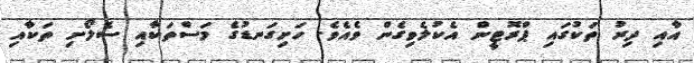
އާއި ދިރު ތަކުގައި ޕްރޮޓީން އެކުލެވިގެން ވެއެވެ. ހަށިގަނޑުގެ މަސްތަކާއި ސެލޯށި ތަކާއި